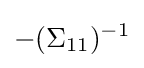
-(\Sigma _{11})^{-1}